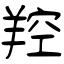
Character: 羫